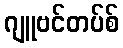
ဂျူဗင်တပ်စ်